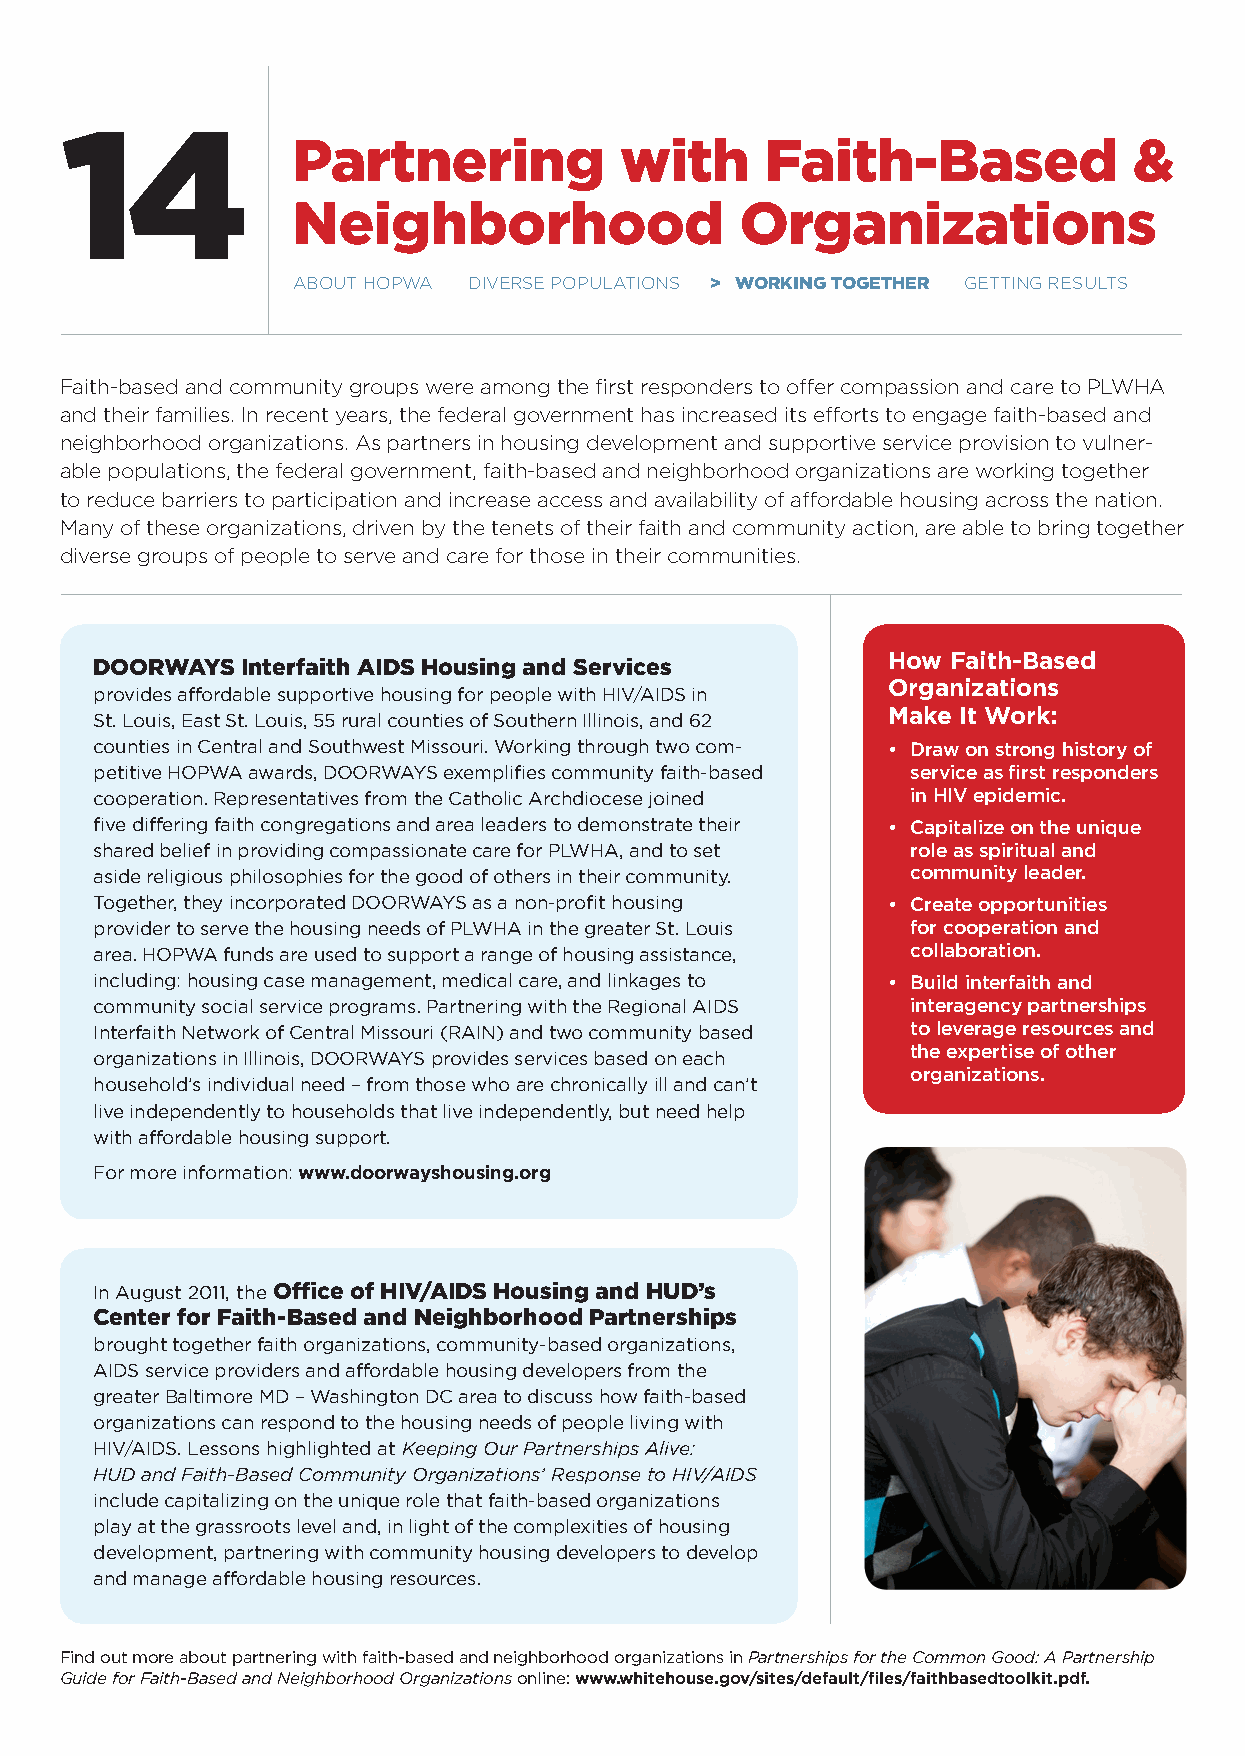
14
 Partnering            with      Faith-based             &
 Neighborhood                  Organizations
 aBout Hopwa dIVerse populatIons > WORKINg tOgEtHER gettIng results
 Faith-based and community groups were among the first responders to offer compassion and care to plwHa
 and their families. In recent years, the federal government has increased its efforts to engage faith-based and
 neighborhood organizations. as partners in housing development and supportive service provision to vulner-
 able populations, the federal government, faith-based and neighborhood organizations are working together
 to reduce barriers to participation and increase access and availability of affordable housing across the nation.
 Many of these organizations, driven by the tenets of their faith and community action, are able to bring together
 diverse groups of people to serve and care for those in their communities.
 DOORWAYS  Interfaith AIDS Housing and Services       How Faith-Based
 Organizations
 provides affordable supportive housing for people with HIV/AIDS in
 make It Work:
 St. Louis, East St. Louis, 55 rural counties of Southern Illinois, and 62
 counties in Central and Southwest Missouri. Working through two com- • Draw on strong history of
 petitive HOPWA awards, DOORWAYS exemplifies community faith-based service as first responders
 cooperation. Representatives from the Catholic Archdiocese joined in HIV epidemic.
 five differing faith congregations and area leaders to demonstrate their • Capitalize on the unique
 shared belief in providing compassionate care for PLWHA, and to set role as spiritual and
 aside religious philosophies for the good of others in their community. community leader.
 Together, they incorporated DOORWAYS as a non-profit housing • Create opportunities
 provider to serve the housing needs of PLWHA in the greater St. Louis for cooperation and
 area. HOPWA funds are used to support a range of housing assistance, collaboration.
 including: housing case management, medical care, and linkages to • Build interfaith and
 community social service programs. Partnering with the Regional AIDS interagency partnerships
 Interfaith Network of Central Missouri (RAIN) and two community based to leverage resources and
 the expertise of other
 organizations in Illinois, DOORWAYS provides services based on each
 organizations.
 household’s individual need – from those who are chronically ill and can’t
 live independently to households that live independently, but need help
 with affordable housing support.
 For more information: www.doorwayshousing.org
 In August 2011, the Office of HIV/AIDS Housing and HuD’s
 Center for Faith-based and Neighborhood Partnerships
 brought together faith organizations, community-based organizations,
 AIDS service providers and affordable housing developers from the
 greater Baltimore MD – Washington DC area to discuss how faith-based
 organizations can respond to the housing needs of people living with
 HIV/AIDS. Lessons highlighted at Keeping Our Partnerships Alive:
 HUD and Faith-Based Community Organizations’ Response to HIV/AIDS
 include capitalizing on the unique role that faith-based organizations
 play at the grassroots level and, in light of the complexities of housing
 development, partnering with community housing developers to develop
 and manage affordable housing resources.
 Find out more about partnering with faith-based and neighborhood organizations in Partnerships for the Common Good: A Partnership
 Guide for Faith-Based and Neighborhood Organizations online: www.whitehouse.gov/sites/default/files/faithbasedtoolkit.pdf.